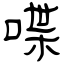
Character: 喋